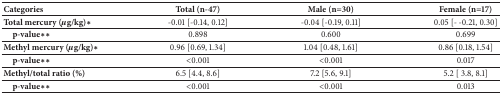
<table><thead><tr><td><b>Categories</b></td><td><b>Total (n-47)</b></td><td><b>Male (n=30)</b></td><td><b>Female (n=17)</b></td></tr></thead><tbody><tr><td><b>Total mercury (</b>μ<b>g/kg)</b><b>∗</b></td><td>-0.01 [-0.14, 0.12]</td><td>-0.04 [-0.19, 0.11]</td><td>0.05 [- -0.21, 0.30]</td></tr><tr><td> <b>p-value</b><b>∗</b><b>∗</b></td><td>0.898</td><td>0.600</td><td>0.699</td></tr><tr><td><b>Methyl mercury (</b>μ<b>g/kg)</b><b>∗</b></td><td>0.96 [0.69, 1.34]</td><td>1.04 [0.48, 1.61]</td><td>0.86 [0.18, 1.54]</td></tr><tr><td> <b>p-value</b><b>∗</b><b>∗</b></td><td>&lt;0.001</td><td>&lt;0.001</td><td>0.017</td></tr><tr><td><b>Methyl/total ratio (</b>%<b>)</b></td><td>6.5 [4.4, 8.6]</td><td>7.2 [5.6, 9.1]</td><td>5.2 [ 3.8, 8.1]</td></tr><tr><td> <b>p-value</b><b>∗</b><b>∗</b></td><td>&lt;0.001</td><td>&lt;0.001</td><td>0.013</td></tr></tbody></table>